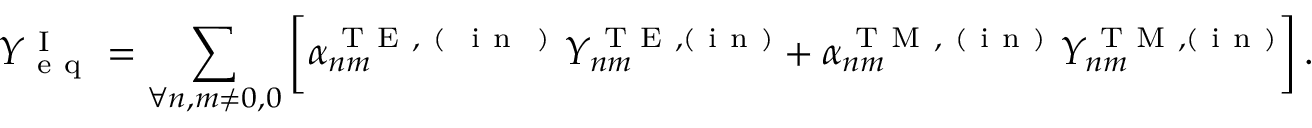
Y _ { \mathrm { ~ e ~ q ~ } } ^ { \mathrm { ~ I ~ } } = \displaystyle \sum _ { \forall n , m \ne 0 , 0 } \bigg [ \alpha _ { n m } ^ { \mathrm { ~ T ~ E ~ , ~ ( ~ \mathrm { ~ i ~ n ~ } ~ ) ~ } } Y _ { n m } ^ { \mathrm { ~ T ~ E ~ } , ( \mathrm { ~ i ~ n ~ } ) } + \alpha _ { n m } ^ { \mathrm { ~ T ~ M ~ , ~ ( ~ i ~ n ~ ) ~ } } Y _ { n m } ^ { \mathrm { ~ T ~ M ~ } , ( \mathrm { ~ i ~ n ~ } ) } \bigg ] \, .